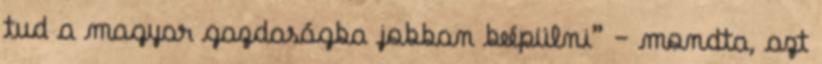
tud a magyar gazdaságba jobban beépülni” – mondta, azt